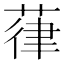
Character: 葎